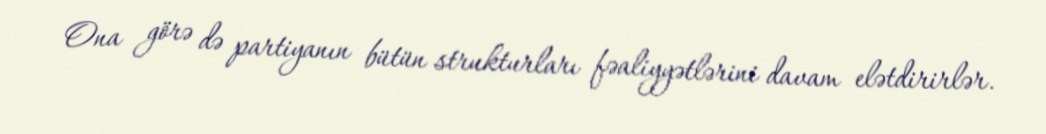
Ona görə də partiyanın bütün strukturları fəaliyyətlərini davam elətdirirlər.